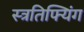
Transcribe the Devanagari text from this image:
स्त्रतिफ्यिंग